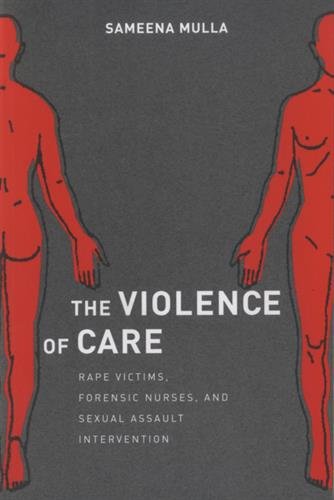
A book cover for The Violence of Care: Rape Victims, Forensic Nurses, and Sexual Assault Intervention; Sameena Mulla; Politics & Social Sciences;